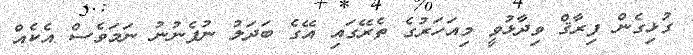
ގުޅިގެން ފިރާޤް ވިދާޅުވީ މިއަހަރުގެ ތެރޭގައި އޭގެ ބަދަލު ނުފެނުނު ނަމަވެސް އެކެއް